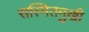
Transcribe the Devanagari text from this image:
सस्मितमुखी